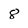
Character: 8